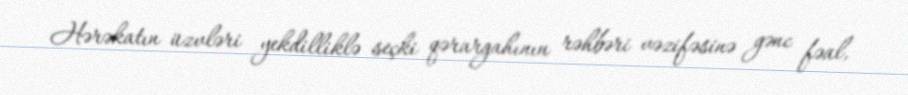
Hərəkatın üzvləri yekdilliklə seçki qərargahının rəhbəri vəzifəsinə gənc fəal,